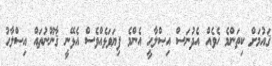
ޤައުމަށް ކިތަންމެ ހެވެއް އެދުނަސް އިޞްލާޙީ އެންމެ ފިޔަވަޅެއްވެސް އެޅޭނީ ޤާނޫނުތައް އިޞްލާޙު